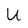
Character: U